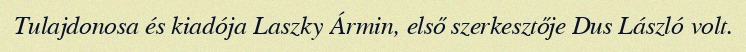
Tulajdonosa és kiadója Laszky Ármin, első szerkesztője Dus László volt.